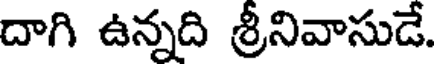
దాగి ఉన్నది శ్రీనివాసుడే.